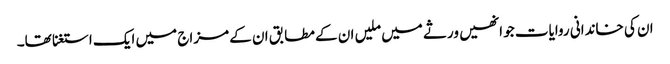
ان کی خاندانی روایات جو انھیں ورثے میں ملیں ان کے مطابق ان کے مزاج میں ایک استغنا تھا۔